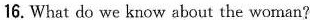
16. What do we know about the woman?